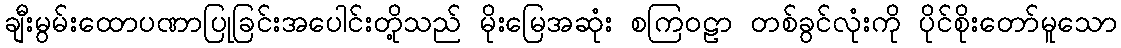
ချီးမွမ်းထောပဏာပြုခြင်းအပေါင်းတို့သည် မိုးမြေအဆုံး စကြဝဠာ တစ်ခွင်လုံးကို ပိုင်စိုးတော်မူသော